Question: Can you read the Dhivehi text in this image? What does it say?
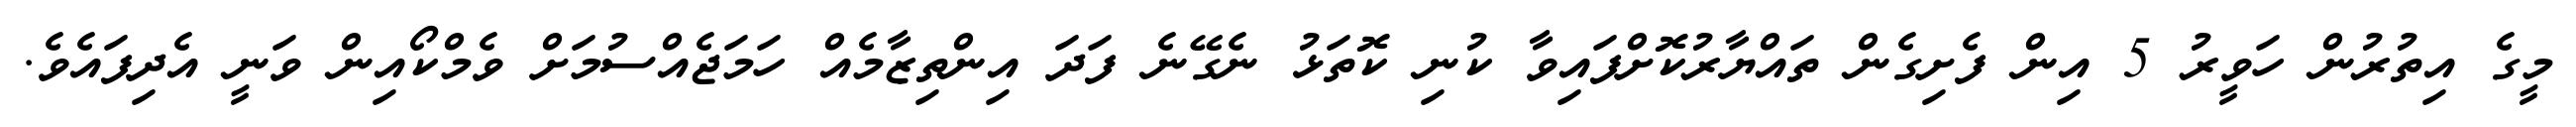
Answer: މީގެ އިތުރުން ހަވީރު 5 އިން ފެށިގެން ތައްޔާރުކޮށްފައިވާ ކުނި ކޮތަޅު ނެގޭނެ ފަދަ އިންތިޒާމެއް ހަމަޖެއްސުމަށް ވެމްކޯއިން ވަނީ އެދިފައެވެ.